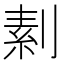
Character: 𠞓